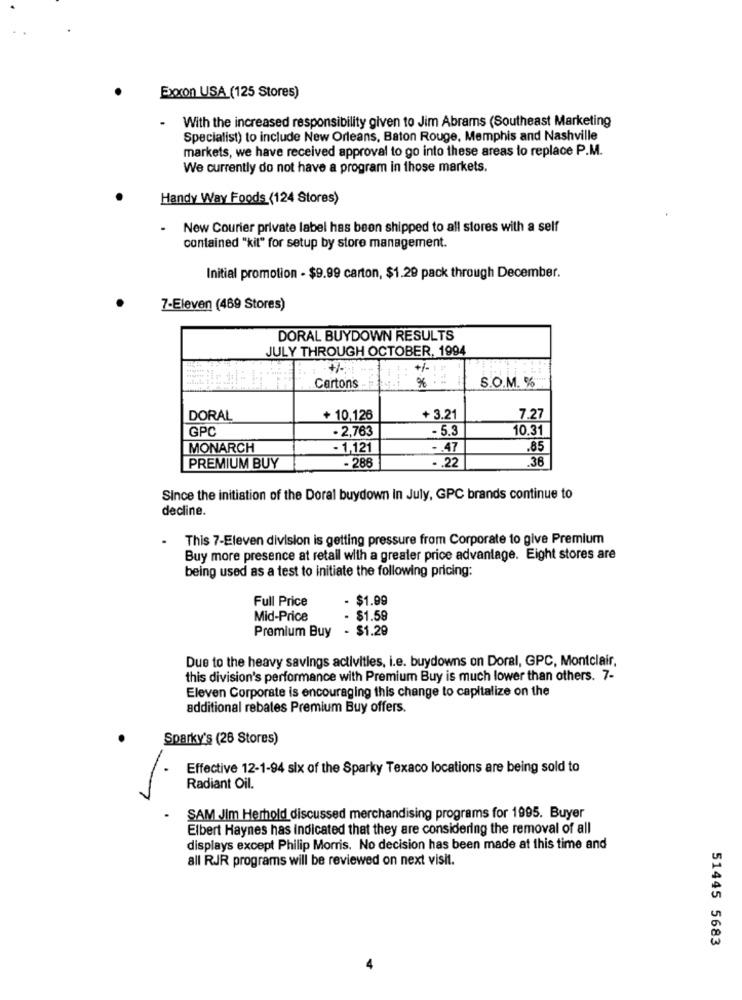
Exxon USA (125 Stores)
With the increased responsibility given to Jim Abrams (Southeast Marketing
Specialist) to include New Orleans, Baton Rouge, Memphis and Nashville
markets, we have received approval to go into these areas to replace P.M.
We currently do not have a program in those markets.
Handy Way Foods (124 Stores)
New Courier private label has been shipped to all stores with a self
contained "kil" for setup by store management.
Initial promotion - $9.99 carton, $1.29 pack through December.
7-Eleven (469 Stores)
DORAL BUYDOWN RESULTS
JULY THROUGH OCTOBER, 1994
: +%
+/-
S.O.M. %
Cartons
DORAL
+ 10,126
+ 3.21
7.27
GPC
. 2,763
- 5.3
10.31
MONARCH
- 1,121
-. 47
.85
-. 22
.36
PREMIUM BUY
- 288
Since the initiation of the Doral buydown In July, GPC brands continue to
decline.
This 7-Eleven division is getting pressure from Corporate to give Premium
Buy more presence at retall with a greater price advantage. Eight stores are
being used as a test to initiate the following pricing:
Full Price
- $1.99
Mid-Price
$1.59
Premium Buy
- $1.29
Due to the heavy savings activities, i.e. buydowns on Doral, GPC, Montclair,
this division's performance with Premium Buy is much lower than others. 7-
Eleven Corporate is encouraging this change to capitalize on the
additional rebates Premium Buy offers.
Sparky's (26 Stores)
Effective 12-1-94 six of the Sparky Texaco locations are being sold to
Radiant Oil.
SAM JIm Herhold discussed merchandising programs for 1995. Buyer
Elbert Haynes has indicated that they are considering the removal of all
displays except Philip Morris. No decision has been made at this time and
all RJR programs will be reviewed on next visit.
51445 5683